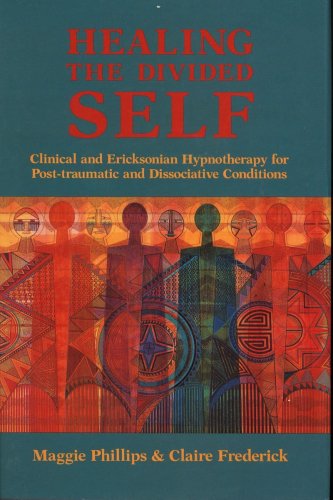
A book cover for Healing the Divided Self: Clinical and Ericksonian Hypnotherapy for Dissociative Conditions (Norton Professional Book); Claire Frederick; Health, Fitness & Dieting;